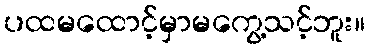
ပထမထောင့်မှာမကွေ့သင့်ဘူး။